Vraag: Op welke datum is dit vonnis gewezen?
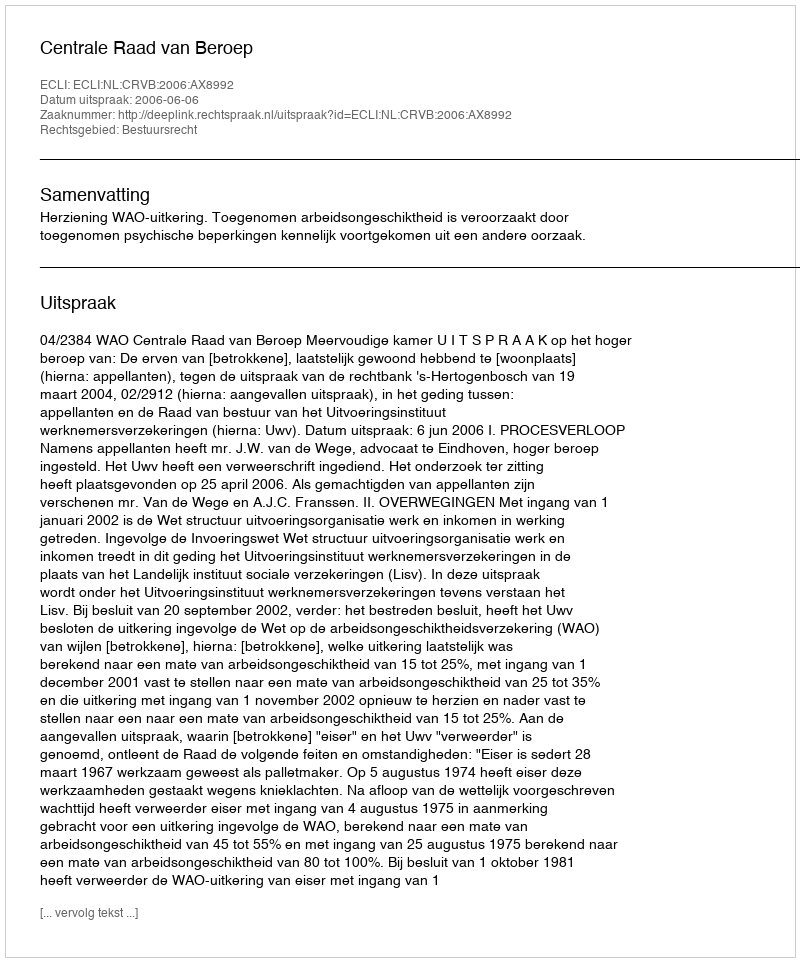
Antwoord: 2006-06-06